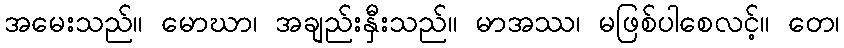
အမေးသည်။ မောဃာ၊ အချည်းနှီးသည်။ မာအဿ၊ မဖြစ်ပါစေလင့်။ တေ၊